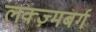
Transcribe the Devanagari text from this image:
लक्ज़्मबर्ग